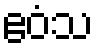
ဧဝံသ